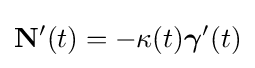
\mathbf {N} '(t)=-\kappa (t){\boldsymbol {\gamma }}'(t)